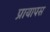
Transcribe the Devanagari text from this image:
प्रायापस